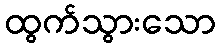
ထွက်သွားသော